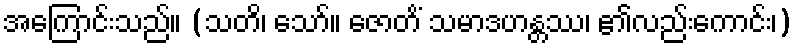
အကြောင်းသည်။ (သတိ၊ သော်။ ဇောတိံ သမာဒဟန္တဿ၊ ၏လည်းကောင်း၊)